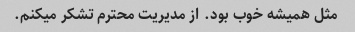
مثل همیشه خوب بود. از مدیریت محترم تشکر میکنم.